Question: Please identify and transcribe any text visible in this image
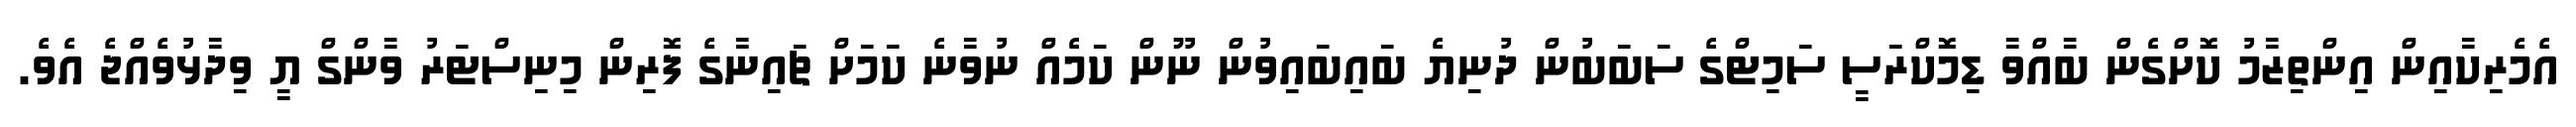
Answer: އެމެރިކާއިން އިންތިޒާމު ކޮށްގެން ބާއްވާ ޑިމޮކްރަސީ ސަމިޓްގެ ސަބަބުން ދުނިޔެ ބައިބައިވުން ނޫން ކަމެއް ނުވާނެ ކަމަށް ޗައިނާގެ ފޮރިން މިނިސްޓަރު ވާންގް ޔީ ވިދާޅުވެއްޖެ އެވެ.